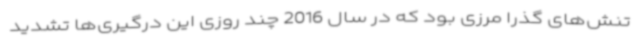
تنش‌های گذرا مرزی بود که در سال 2016 چند روزی این درگیری‌ها تشدید